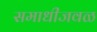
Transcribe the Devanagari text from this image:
समाधीजवळ